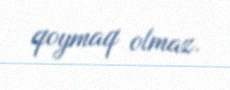
qoymaq olmaz.